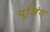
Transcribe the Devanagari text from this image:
यूजिंग